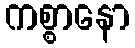
ကစ္စာနော